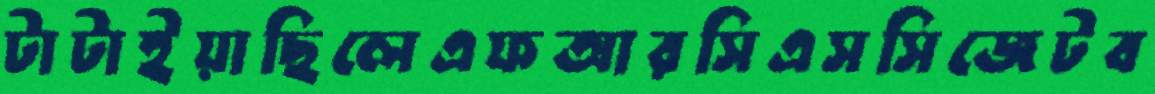
টাটাইয়াছিলেএফআরসিএসসিজেটব